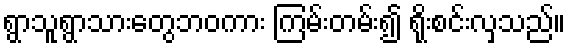
ရွာသူရွာသားတွေဘဝကား ကြမ်းတမ်း၍ ရိုးစင်းလှသည်။